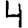
Digit: 4